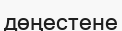
дөңестене